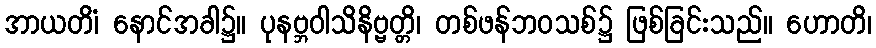
အာယတိံ၊ နောင်အခါ၌။ ပုနဗ္ဘဝါသိနိဗ္ဗတ္တိ၊ တစ်ဖန်ဘဝသစ်၌ ဖြစ်ခြင်းသည်။ ဟောတိ၊